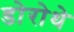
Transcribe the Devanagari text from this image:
डोरोथे